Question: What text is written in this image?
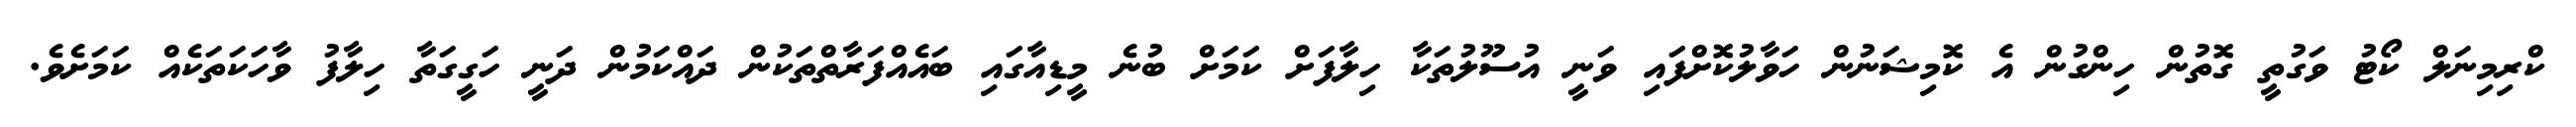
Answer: ކްރިމިނަލް ކޯޓު ވަގުތީ ގޮތުން ހިންގުން އެ ކޮމިޝަނުން ހަވާލުކޮށްފައި ވަނީ އުސޫލުތަކާ ހިލާފަށް ކަމަށް ބުނެ މީޑިއާގައި ބައެއްފަރާތްތަކުން ދައްކަމުން ދަނީ ހަގީގަތާ ހިލާފު ވާހަކަތަކެއް ކަމަށެވެ.